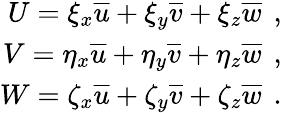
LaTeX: \begin{array}{r}{{U=\xi_{x}\overline{{u}}+\xi_{y}\overline{{v}}+\xi_{z}\overline{{w}}\, \mathrm{~,~}}}\\ {{V=\eta_{x}\overline{{u}}+\eta_{y}\overline{{v}}+\eta_{z}\overline{{w}}\, \mathrm{~,~}}}\\ {{W=\zeta_{x}\overline{{u}}+\zeta_{y}\overline{{v}}+\zeta_{z}\overline{{w}}\, \mathrm{~.~}}}\end{array}